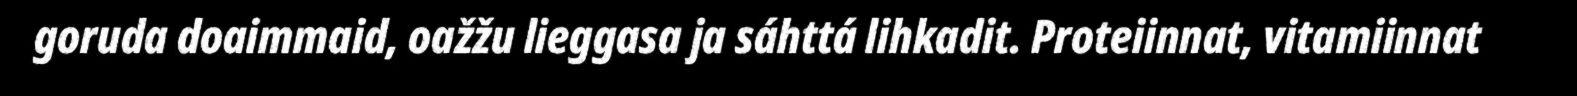
goruda doaimmaid, oažžu lieggasa ja sáhttá lihkadit. Proteiinnat, vitamiinnat